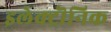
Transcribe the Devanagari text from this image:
इलेक्ट्रॊनिक